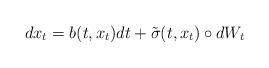
LaTeX: \begin{align*}dx_t=b(t,x_t)dt+\tilde \sigma(t,x_t)\circ dW_t\end{align*}